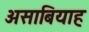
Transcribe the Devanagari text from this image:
असाबियाह